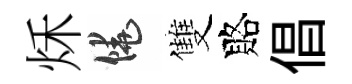
秌饒雙賂倡